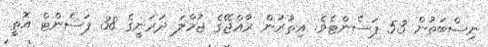
ނިސްބަތުން 53 ޕަސެންޓެވެ. އިތުރުން ރާއްޖޭގެ ޖުމްލަ ދަރަނީގެ 38 ޕަސެންޓް އޮތީ